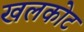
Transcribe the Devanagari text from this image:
खलकोट